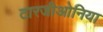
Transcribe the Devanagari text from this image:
टारजीओनिया